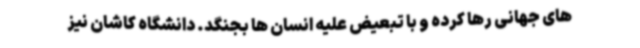
های جهانی رها کرده و با تبعیض علیه انسان ها بجنگد. دانشگاه کاشان نیز